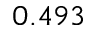
0 . 4 9 3